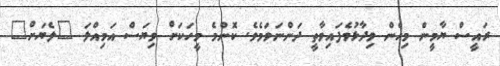
ރައީސް ޔާމީން މިހެން ވިދާޅުވެފައިވާތީ ދަންނަވަމެވެ. ކޮންމެ މީހަކަށް ވިޔަސް އަމިއްލަ "ލެޔަށް"